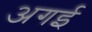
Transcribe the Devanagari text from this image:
अगई